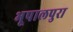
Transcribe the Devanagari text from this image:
भूपालपुरा